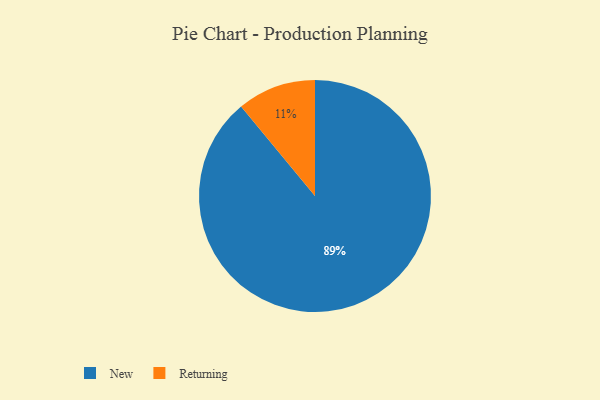
{"axis": {"x": "Category", "y": "Percentage"}, "legend": ["New", "Returning"], "data": [{"x": "New", "y": 89, "type": "New"}, {"x": "Returning", "y": 11, "type": "Returning"}]}